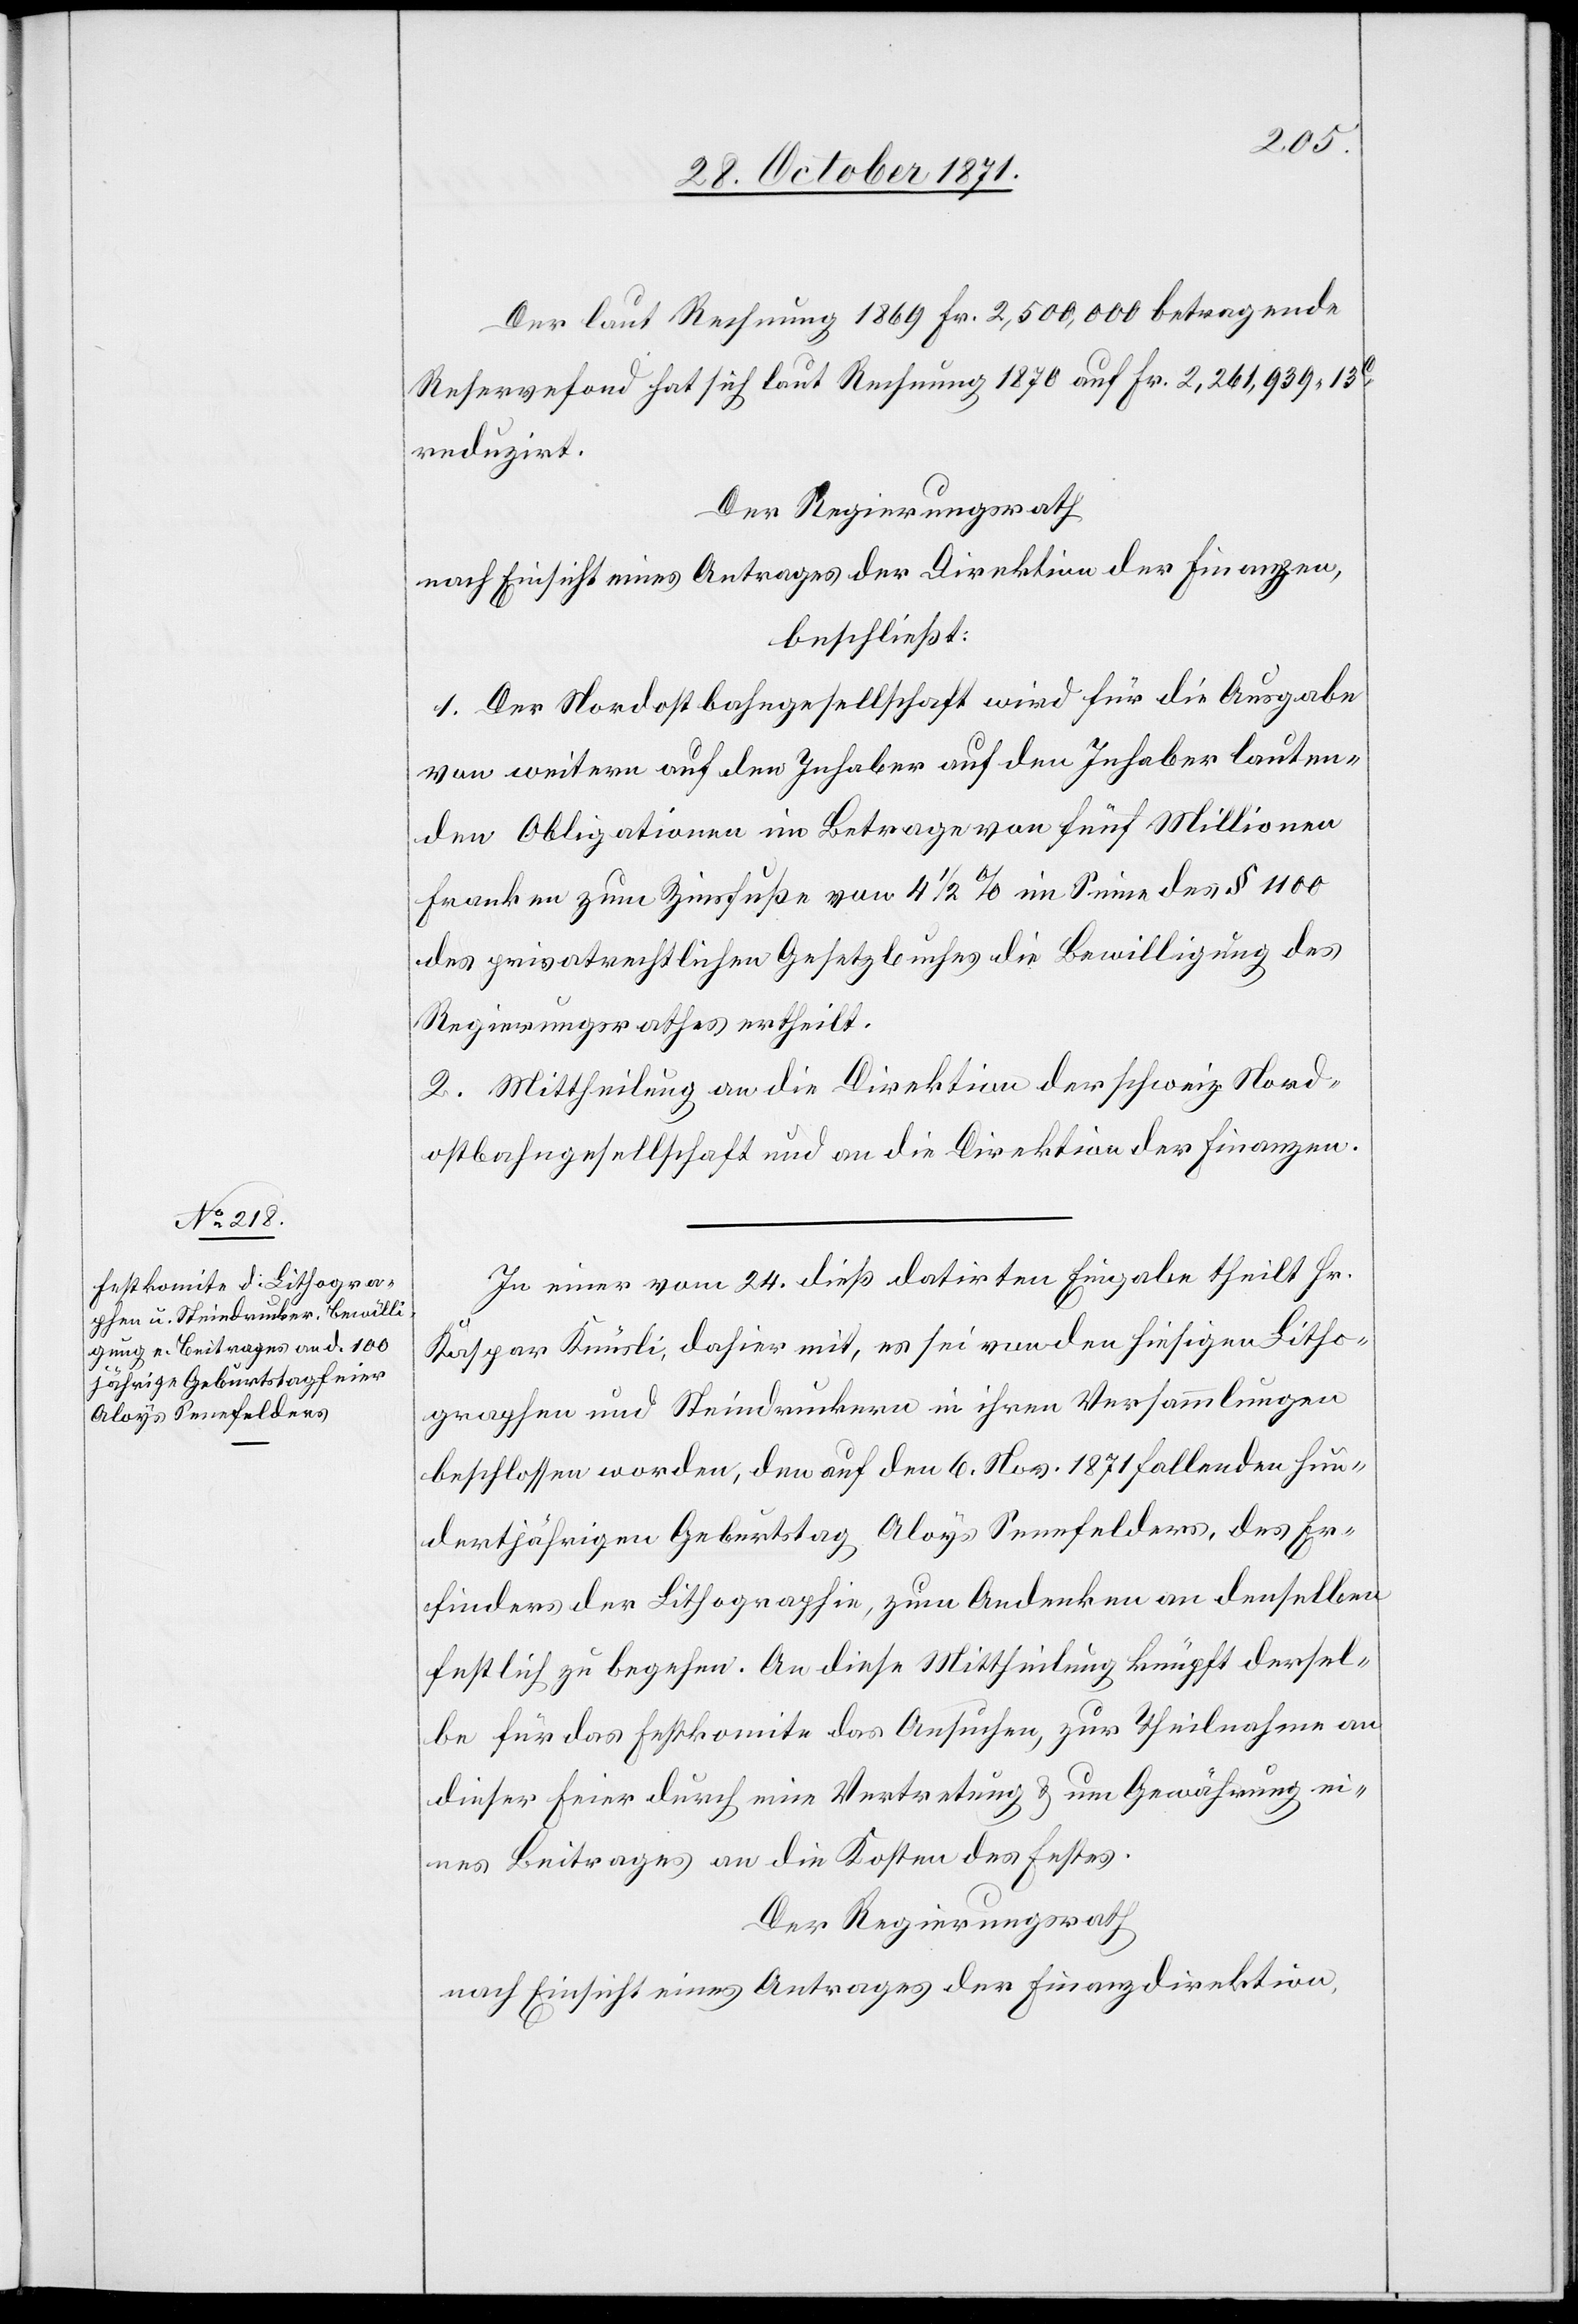
Der laut Rechnung 1869 Fr. 2,500,000 betragende
Reservefond hat sich laut Rechnung 1870 auf Fr. 2,261,939. 13C
reduzirt.
Der Regierungsrath
nach Einsicht eines Antrages der Direktion der Finanzen,
beschließt:
1. Der Nordostbahngesellschaft wird für die Ausgabe
von weitern auf den Inhaber auf den Inhaber [sic!] lauten¬
den Obligationen im Betrage von fünf Millionen
Franken zum Zinsfuße von 4 1/2 % im Sinne des § 1100
des privatrechtlichen Gesetzbuches die Bewilligung des
Regierungsrathes ertheilt.
2. Mittheilung an die Direktion der schweiz. Nord¬
ostbahngesellschaft und an die Direktion der Finanzen.
In einer vom 24. dieß datirten Eingabe theilt Hr.
Kaspar Künzli, dahier mit, es sei von den hiesigen Litho¬
graphen und Steindruckern in ihren Versammlungen
beschlossen worden, den auf den 6. Nov. 1871 fallenden hun¬
dertjährigen Geburtstag Aloys Senefelders, des Er¬
finders der Lithographie, zum Andenken an denselben
festlich zu begehen. An diese Mittheilung knüpft dersel¬
be für das Festkomite das Ansuchen, zur Theilname an
dieser Feier durch eine Vertretung & um Gewährung ei¬
nes Beitrages an die Kosten des Festes.
Der Regierungsrath
nach Einsicht eines Antrages der Finanzdirektion,